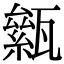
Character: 𤮎